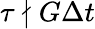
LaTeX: \tau\nmid G\Delta t